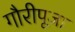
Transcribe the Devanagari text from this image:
गौरीपूजा